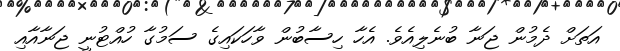
އަތަށް ދެމުން ޖަނާ ބުނެލިއެވެ. އެހާ ހިސާބުން ވާހަކައިގެ ސަމުގާ ހުއްޓުނީ ޖަނާއާއި